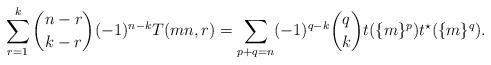
LaTeX: \begin{align*}\sum_{r=1}^k \binom{n-r}{k-r}(-1)^{n-k}T(mn,r)=\sum_{p+q=n}(-1)^{q-k}\binom{q}{k}t(\{m\}^p)t^{\star}(\{m\}^q).\end{align*}